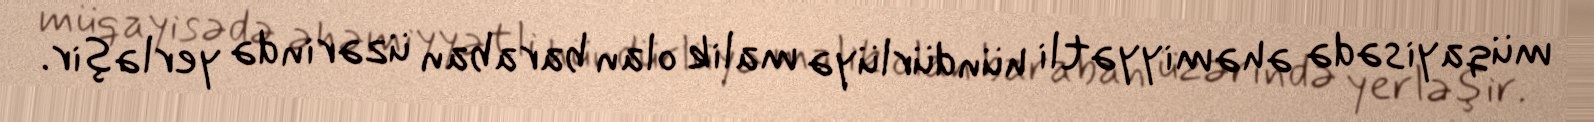
müqayisədə əhəmiyyətli hündürlüyə malik olan baraban üzərində yerləşir.